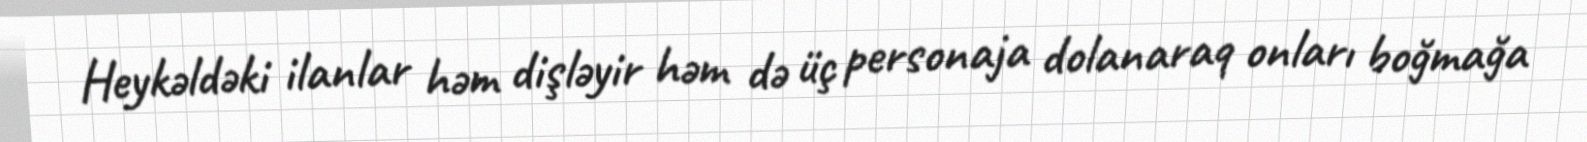
Heykəldəki ilanlar həm dişləyir həm də üç personaja dolanaraq onları boğmağa